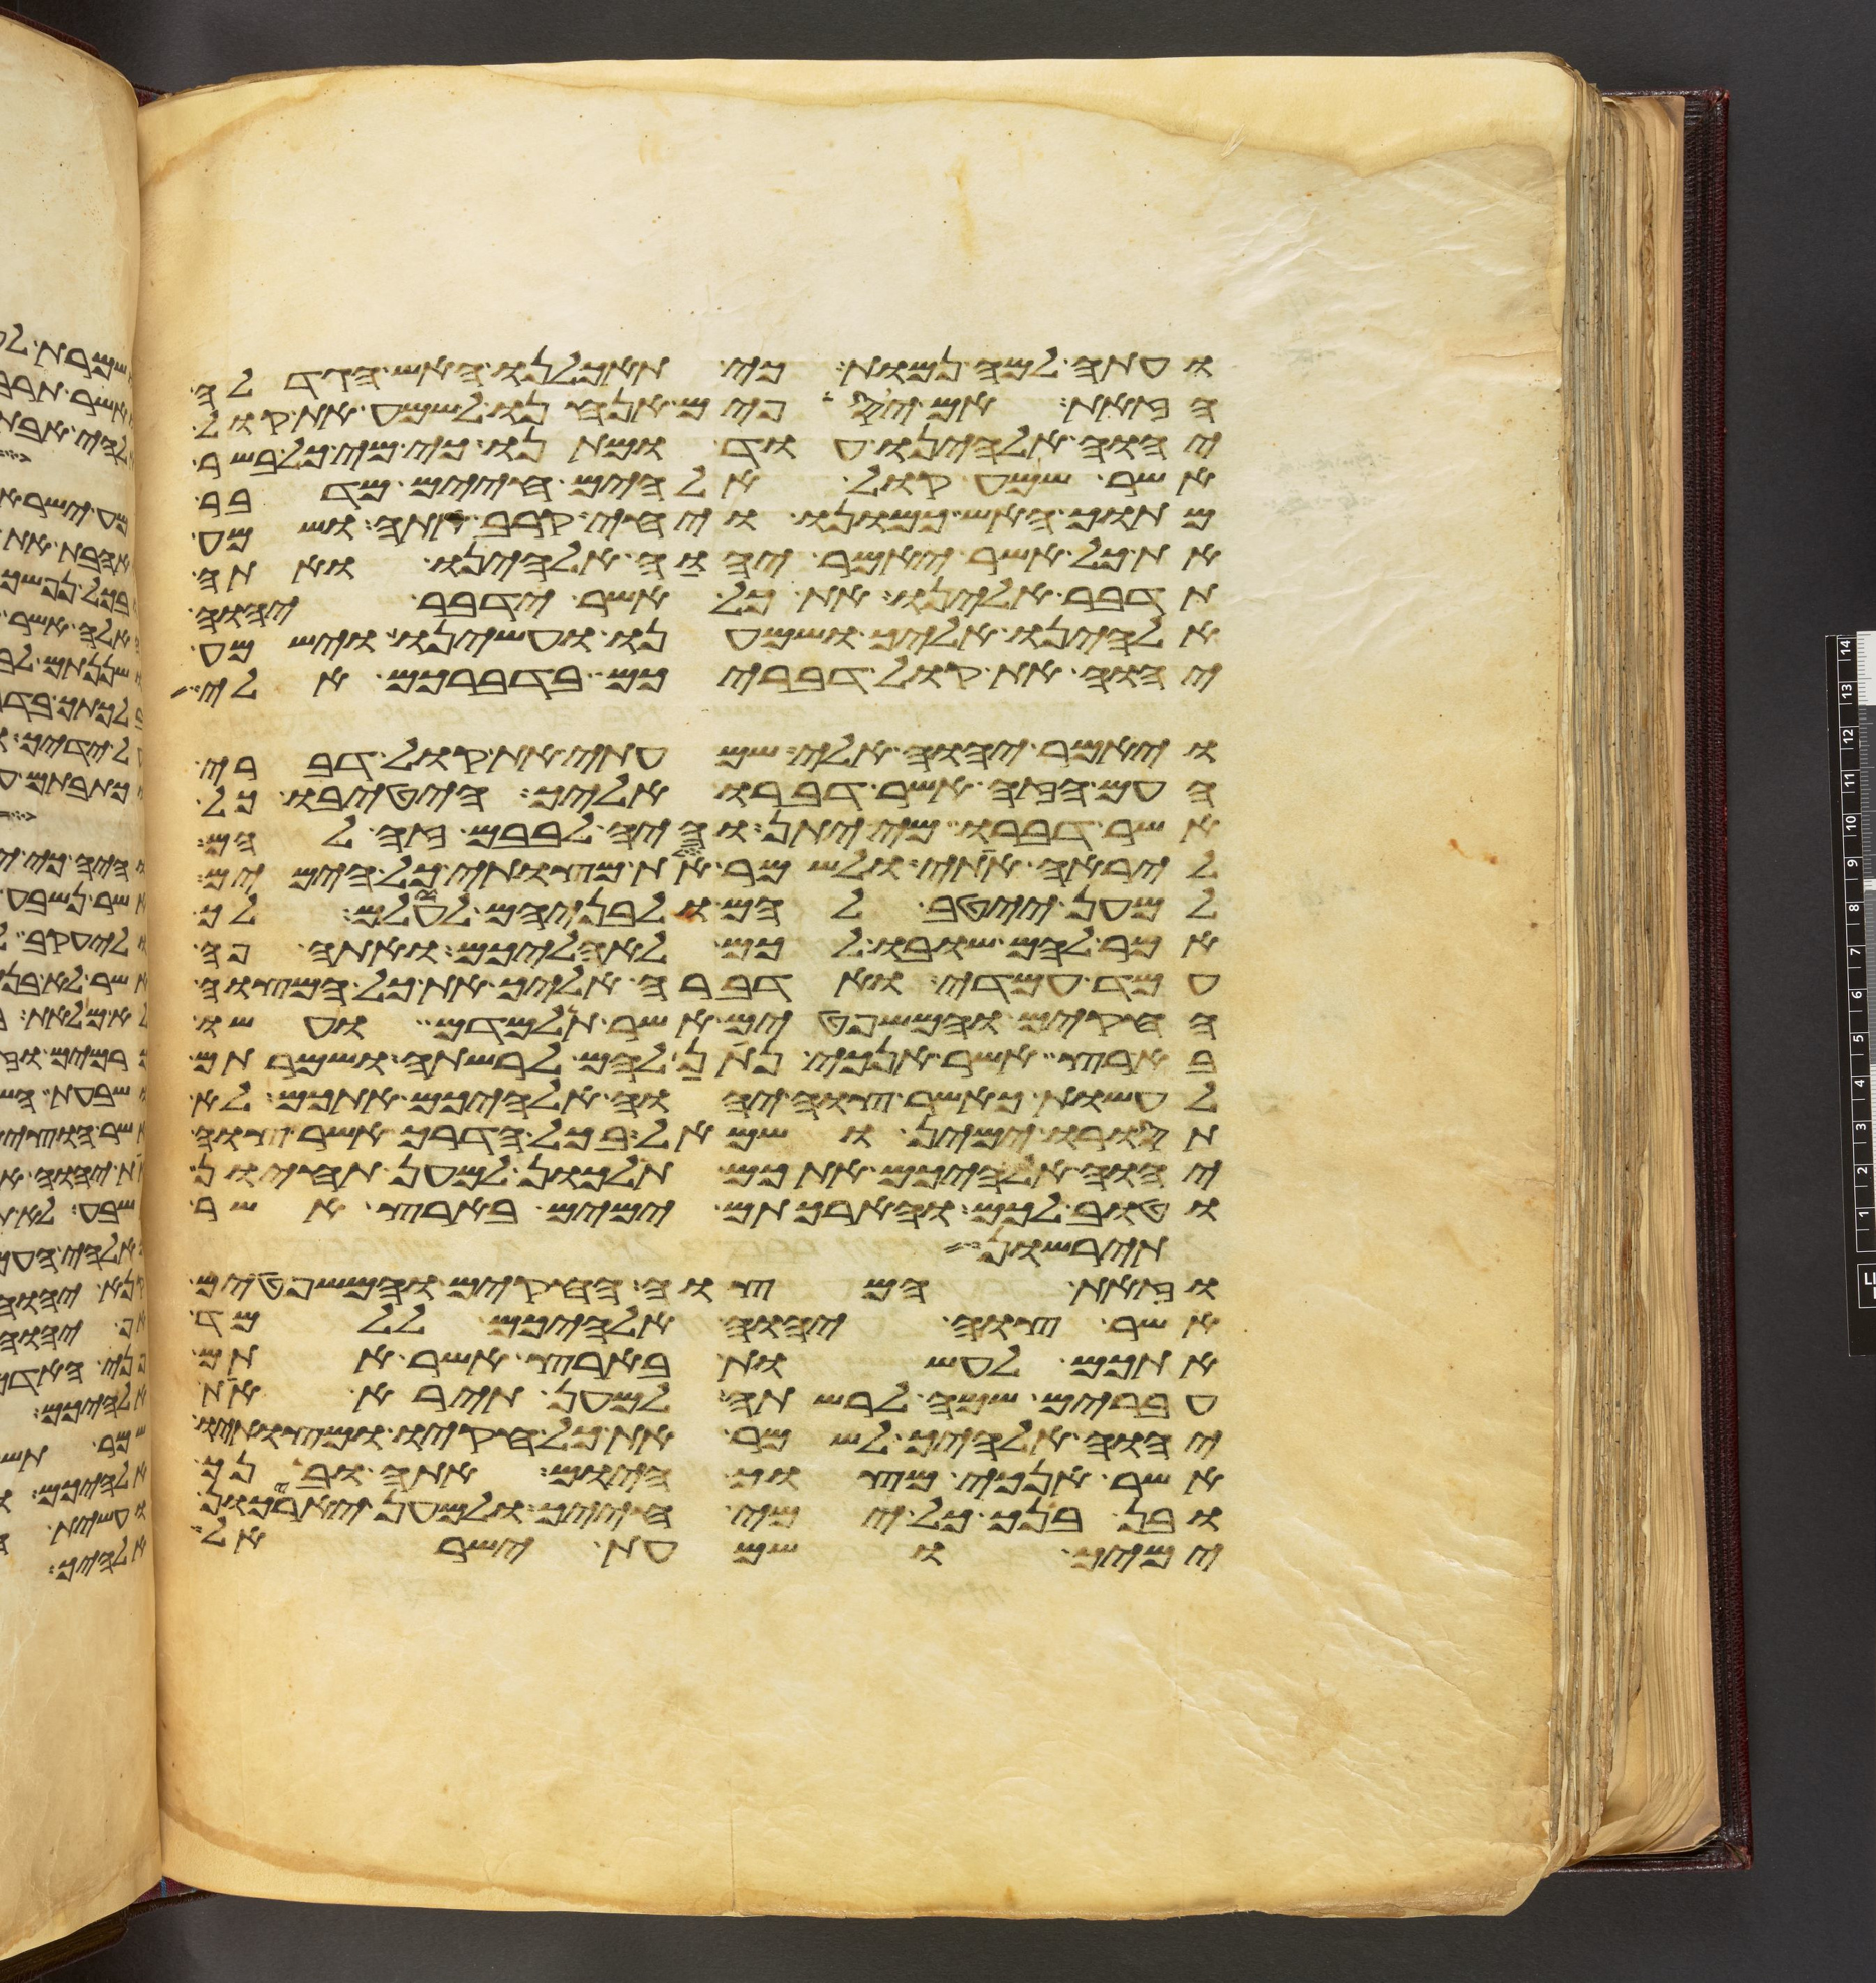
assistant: ועתה למה נמות כי תאכלנו האש הגדלה
הזאת אם יספים אנחנו לשמע את קול
יהוה אלהינו עוד ומתנו כי מי כל בשר
אשר שמע קול אלהים חיים מדבר
מתוך האש כמונו ויחי קרב אתה ושמע
את כל אשר יאמר יהוה אלהינו ואתה
תדבר אלינו את כל אשר ידבר יהוה
אלהינו אליך ושמענו ועשינו וישמע
יהוה את קול דבריכם בדברכם אלי
ויאמר יהוה אלי שמעתי את קול דברי
העם הזה אשר דברו אליך הטיבו כל
אשר דברו מי יתן והיה לבבם זה להם
ליראה אתי ולשמר את מצותי כל הימים
למען ייטב להם ולבניהם לעולם לך
אמר להם שובו לכם לאהליכם ואתה פה
עמד עמדי ואדברה אליך את כל המצוה
החקים והמשפטים אשר תלמדם ועשו
בארץ אשר אנכי נתן להם לרשתה ושמרתם
לעשות כאשר צוה יהוה אלהיכם אתכם לא
תסורו ימין ושמאל בכל הדרך אשר צוה
יהוה אלהיכם אתכם תלכון למען תחיון
וטוב לכם והארכתם ימים בארץ אשר
תירשון
וזאת המצוה החקים והמשפטים
אשר צוה יהוה אלהיכם ללמד
אתכם לעשות בארץ אשר אתם
עברים שמה לרשתה למען תירא את
יהוה אלהיך לשמר את כל חקיו ומצותיו
אשר אנכי מצוך היום אתה ובנך
ובן בנך כל ימי חייך ולמען יאריכון
ימיך ושמעת ישראל